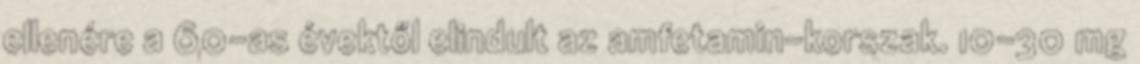
ellenére a 60-as évektől elindult az amfetamin-korszak. 10-30 mg